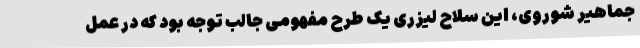
جماهیر شوروی، این سلاح لیزری یک طرح مفهومی جالب توجه بود که در عمل